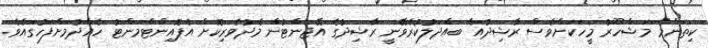
ކިތަންމެ މަޝްހޫރު މީހަކަށްވެސް ރާޝިދުއާ ބައްދަލުކުރެވޭނީ ރާޝިދުގެ އޭޖެންޓުން މެދުވެރިކޮށް އެޕޮއިންޓްމަންޓު ހެއްދުމަށްފަހުގައެވެ.